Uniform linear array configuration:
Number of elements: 12
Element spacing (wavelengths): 0.5
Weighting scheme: uniform
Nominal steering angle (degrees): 60
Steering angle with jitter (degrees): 60.201
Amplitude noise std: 0.05
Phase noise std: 0.05

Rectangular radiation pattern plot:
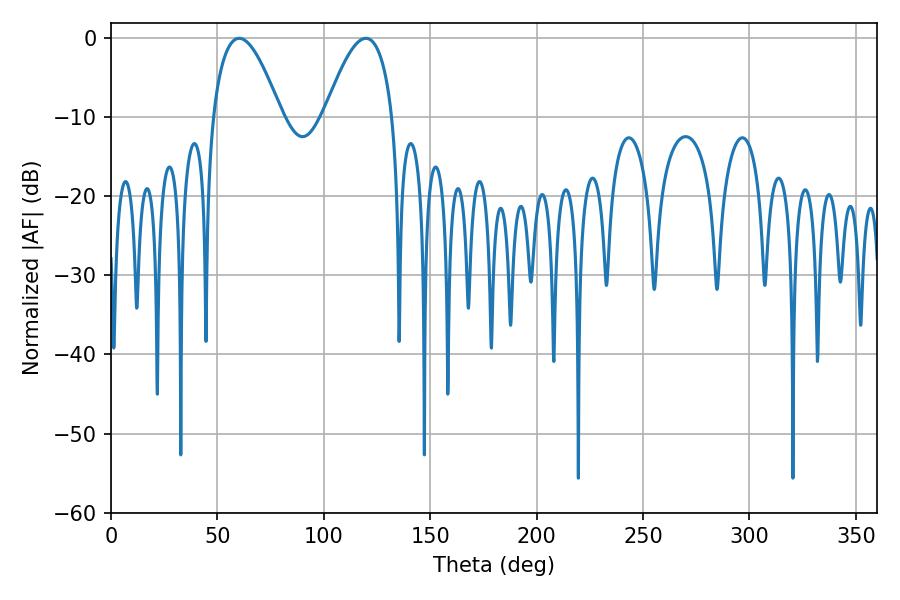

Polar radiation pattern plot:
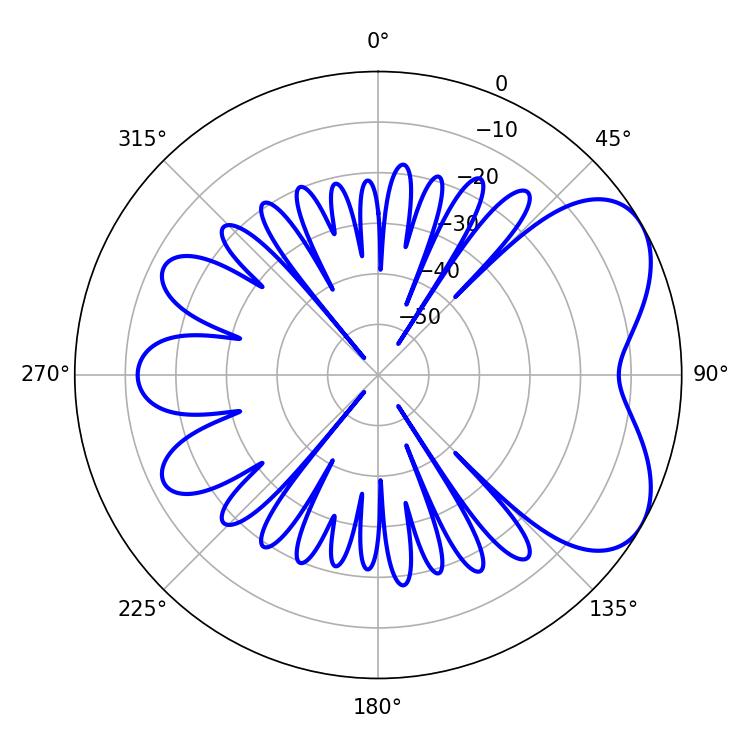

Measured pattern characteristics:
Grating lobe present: FALSE
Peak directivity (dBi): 5.513
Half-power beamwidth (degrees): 17.46
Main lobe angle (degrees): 60.3